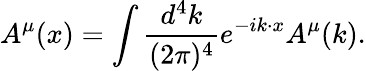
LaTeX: {A^{\mu}}(x)=\int{\frac{d^{4}k}{(2\pi)^{4}}}e^{-ik\cdot x}{A^{\mu}}(k).